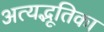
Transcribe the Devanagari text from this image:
अत्यद्भूतिका